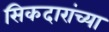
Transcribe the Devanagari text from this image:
सिकदारांच्या